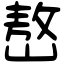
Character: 嶅